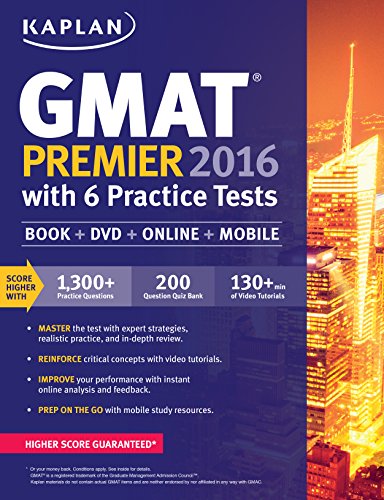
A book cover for Kaplan GMAT Premier 2016 with 6 Practice Tests: Book + Online + DVD + Mobile (Kaplan Test Prep); Kaplan; Test Preparation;